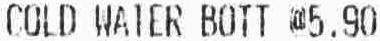
COLD WATER BOTT @5.90